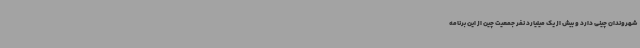
شهروندان چینی دارد و بیش از یک میلیارد نفر جمعیت چین از این برنامه